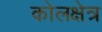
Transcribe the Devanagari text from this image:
कोलक्षेत्र